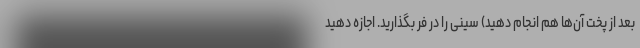
بعد از پخت آن‌ها هم انجام دهید) سینی را در فر بگذارید. اجازه دهید